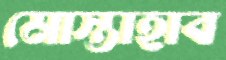
মোস্তাহাব